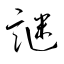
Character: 謎